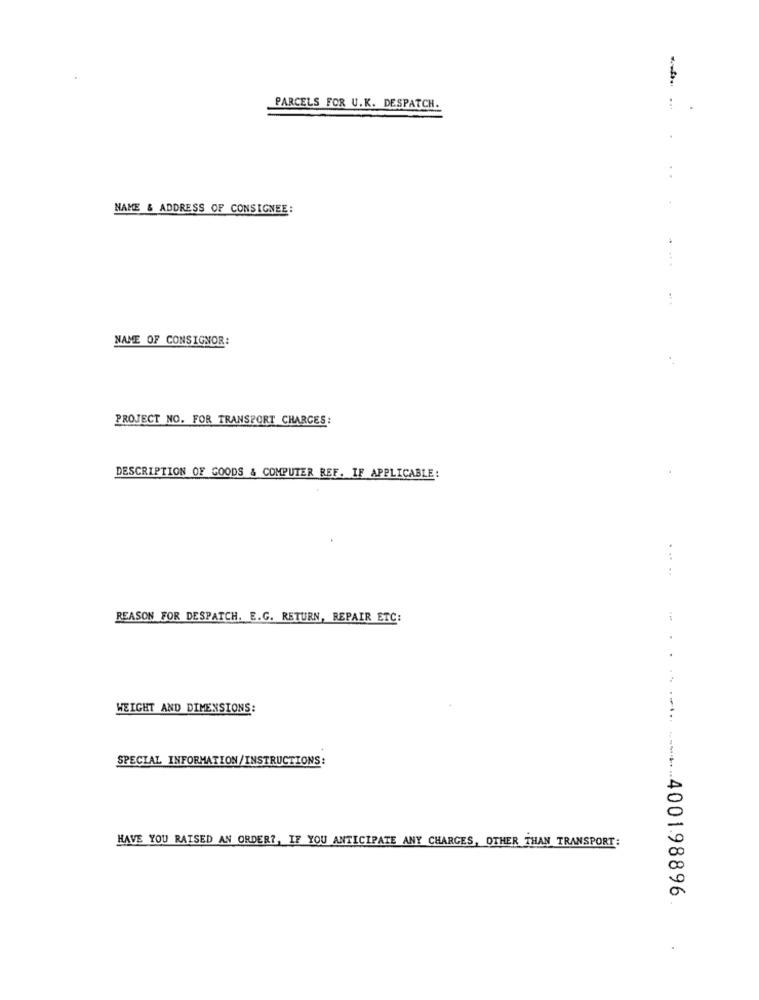
PARCELS FOR U.K. DESPATCH.
--
NAME & ADDRESS OF CONSIGNEE:
. ...
NAME OF CONSIGNOR:
PROJECT NO. FOR TRANSPORT CHARGES:
DESCRIPTION OF GOODS & COMPUTER REF. IF APPLICABLE:
.....
REASON FOR DESPATCH. E.G. RETURN, REPAIR ETC:
WEIGHT AND DIMENSIONS:
SPECIAL INFORMATION/INSTRUCTIONS:
HAVE YOU RAISED AN ORDER ?, IF YOU ANTICIPATE ANY CHARGES, OTHER THAN TRANSPORT:
.. .... .......... 4001.98896